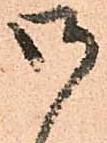
御